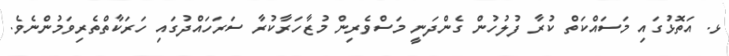
ޅ. އަތޮޅުގައި މަސައްކަތް ކުރާ ފުލުހުން ގެންދަނީ މަސްވެރިން މުޒާހަރާކުރާ ސަރަހައްދުގައި ހަރަކާތްތެރިވަމުންނެވެ.